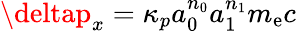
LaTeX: \deltap_{x}=\kappa_{p}a_{0}^{n_{0}}a_{1}^{n_{1}}m_{\mathrm{e}}c